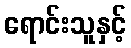
ရောင်းသူနှင့်